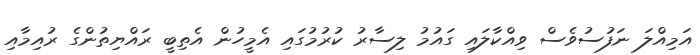
އަމިއްލަ ނަފުސުވެސް ވިއްކާލައި ގައުމު ލިސާރު ކުރުމުގައި އެމީހުން އެތިބީ ރައްޔިތުންގެ ރުއިމާއި